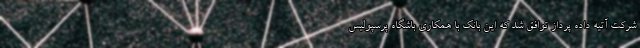
شرکت آتیه داده پرداز توافق شد که این بانک با همکاری باشگاه پرسپولیس